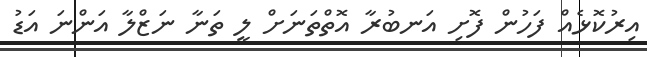
އިރުކޮޅެއް ފަހުން ފޮށި އަނބުރާ އޮތްތަނަށް ލީ ތަނާ ނަޒްލާ އަންނަ އަޑު